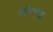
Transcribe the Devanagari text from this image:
ब्लैकबट्ट